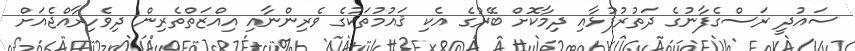
ސައުދީ ރަސްގެފާނުގެ ދަތުރުފުޅާއި ދިމާކޮށް ބޭރުގެ އެކި ޤައުމުތަކުގެ ވެރިންނާއި އިއްޒަތްތެރިން ދިވެހިރާއްޖެއަށް